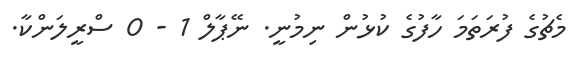
މެޗުގެ ފުރަތަމަ ހާފުގެ ކުޅުން ނިމުނީ. ނޭޕާލް 1 - 0 ސްރީލަންކާ.